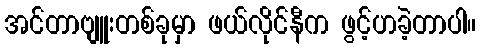
အင်တာဗျူးတစ်ခုမှာ ဖယ်လိုင်နီက ဖွင့်ဟခဲ့တာပါ။